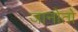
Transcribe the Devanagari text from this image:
जानोतो